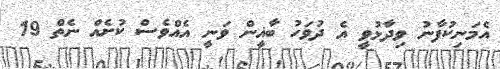
އެމަނިކުފާނު ވިދާޅުވީ އެ ދުވަހު ބާޣީން ވަނީ އެއްވެސް ކުށެއް ނެތް 19